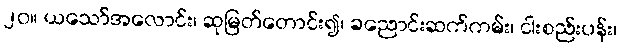
၂၀။ ယသော်အလောင်း၊ ဆုမြတ်တောင်း၍၊ ခညောင်းဆက်ကမ်း၊ ငါးစည်းပန်း၊